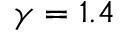
\gamma = 1 . 4